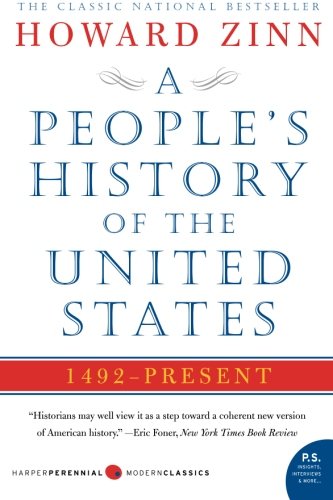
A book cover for A People's History of the United States; Howard Zinn; History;